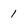
Character: 1